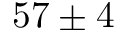
5 7 \pm 4